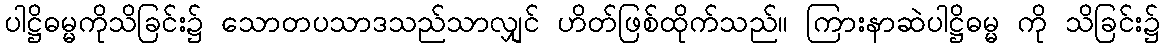
ပါဋ္ဌိဓမ္မကိုသိခြင်း၌ သောတပသာဒသည်သာလျှင် ဟိတ်ဖြစ်ထိုက်သည်။ ကြားနာဆဲပါဋ္ဌိဓမ္မ ကို သိခြင်း၌